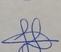
Signature authenticity: genuine